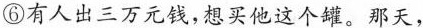
⑥有人出三万元钱，想买他这个罐。那天，